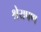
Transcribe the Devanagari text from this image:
श्रेयपण